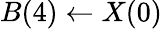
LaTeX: B(4)\leftarrow X(0)